Scientific memoirs by medical officers of the Army of India - Part XII,
Year: 1901
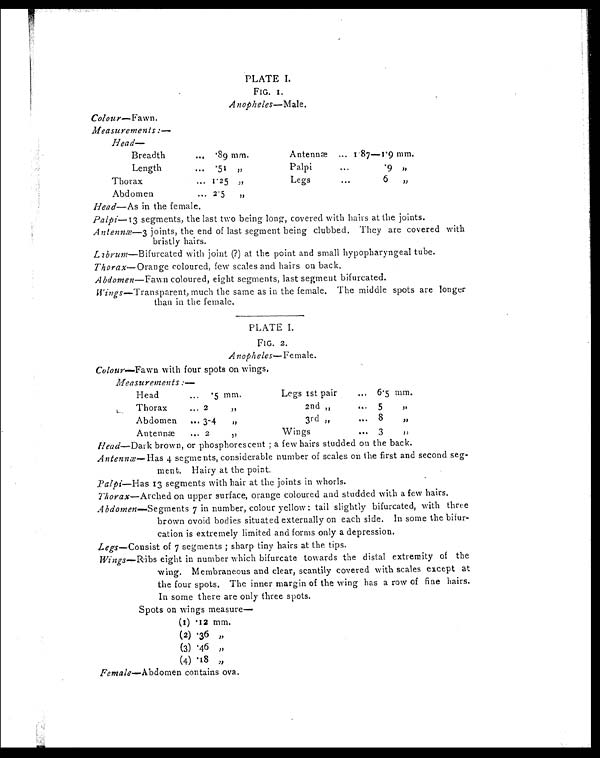
PLATE I.
FIG. I.
Anopheles—Male.
Colour—Fawn.
Measurements :—
Head
Breadth
. . .
. 8 9 mm.
Antennæ
... 1 87—19 mm.
Length
. . . .51 , ,
Pa1pi
. . .
.9 , ,
Thorax
... 1.25 ,,
Legs
. . .
6
„
Abdomen
... 2.5
, ,
Head—As in the female.
Palpi-13 segments, the last two being long, covered with hairs at the joints.
Antennæ—3 joints, the end of last segment being clubbed. They are covered with
bristly hairs.
Librum —Bifurcated with joint (?) at the point and small hypopharyngeal tube.
Thorax—Orange coloured, few scales and hairs on back.
Abdomen —Fawn coloured, eight segments, last segment bifurcated.
Wings —Transparent, much the same as in the female. The middle spots are longer
than in the female.
PLATE I.
FIG. 2.
Anopheles—Female.
Colour—Fawn with four spots on wings.
Measurements :—
Head
...
5 mm.
Legs 1st pair
... 6.5 mm.
Thorax
... 2
, ,
2nd „
. . .
5
„
Abdomen
...3-4
, ,
3rd „
... 8
, ,
Antenna
... 2
,,
Wins
. . . 3
, ,
Head —Dark brown, or phosphorescent ; a few hairs studded on the back.
Antennæ —Has 4 segments, considerable number of scales on the first and second seg-
ment. Hairy at the point.
Palpi—Has 13 segments with hair at the joints in whorls.
Thorax—Arched on upper surface, orange coloured and studded with a few hairs.
Abdomen —Segments 7 in number, colour yellow : tail slightly bifurcated, with three
brown ovoid bodies situated externally on each side. In some the bifur-
cation is extremely limited and forms only a depression.
Legs —Consist of 7 segments ; sharp tiny hairs at the tips.
Wings —Ribs eight in number which bifurcate towards the distal extremity of the
wing. Membraneous and clear, scantily covered with scales except at
the four spots. The inner margin of the wing has a row of fine hairs.
In some there are only three spots.
Spots on wings measure
(1) .12 mm.
(2)
. 3 6 „
(3) .46 , ,
(4) . 18 , ,
Female—Abdomen contains ova.